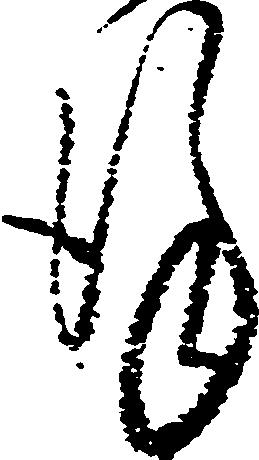
謹